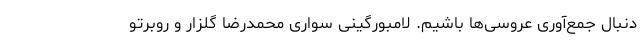
دنبال جمع‌آوری عروسی‌ها باشیم. لامبورگینی سواری محمدرضا گلزار و روبرتو